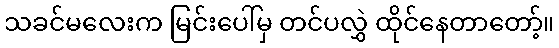
သခင်မလေးက မြင်းပေါ်မှ တင်ပလွှဲ ထိုင်နေတာတော့်။